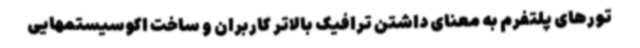
تورهای پلتفرم به معنای داشتن ترافیک بالاتر کاربران و ساخت اکوسیستمهایی